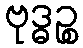
ဗုဒ္ဓဉ္စ